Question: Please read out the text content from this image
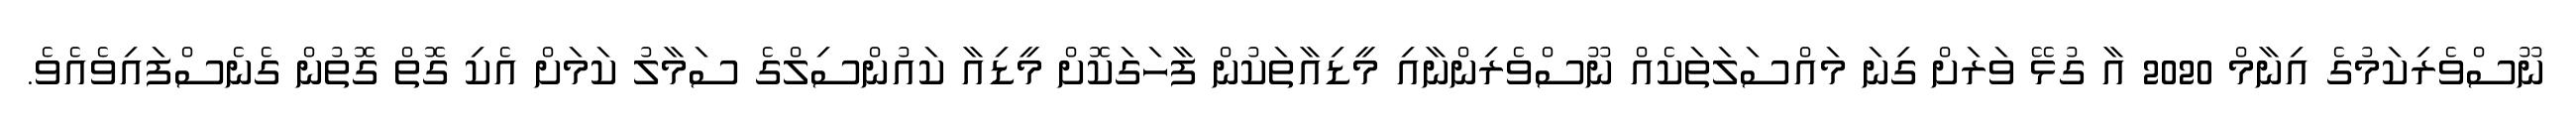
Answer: ނޫސްވެރިކަމުގެ އިނާމް 2020 އާ ގުޅޭ ވަރަށް ގިނަ މައްސަލަތަކެއް ނޫސްވެރިންނާއި މީޑިއާތަކުން ފާހަގަކޮށް މީޑިއާ ކައުންސިލްގެ ސަމާލު ކަމަށް އެކި ގޮތް ގޮތުން ގެނެސްފައިވެއެވެ.